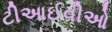
ટીઆઈવીઓ